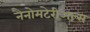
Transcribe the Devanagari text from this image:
नैनोमटेरीअल्स